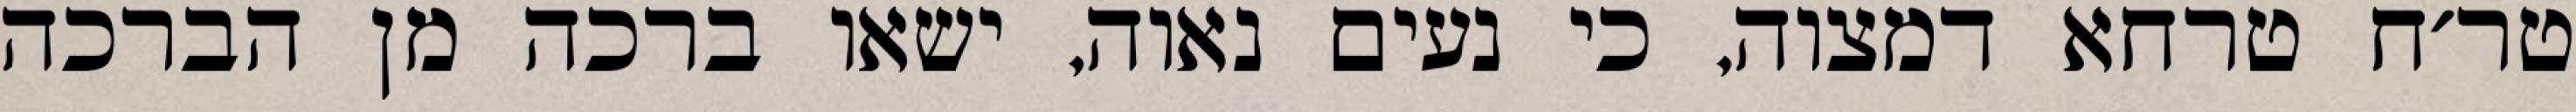
טר׳ח טרחא דמצוה, כי נעים נאוה, ישאו ברכה מן הברכה